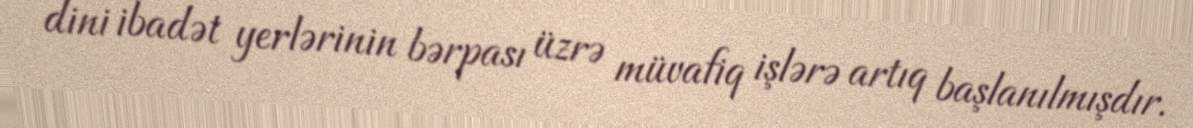
dini ibadət yerlərinin bərpası üzrə müvafiq işlərə artıq başlanılmışdır.